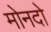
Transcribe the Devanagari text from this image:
मोनदो